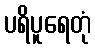
ပရိပူရေတုံ